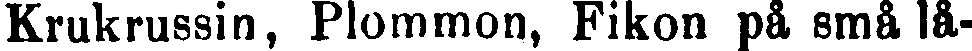
Krukrussin, Plommon, Fikon på små lå-